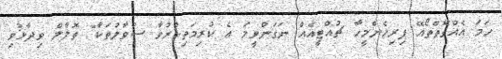
ހަމަ އެއްގޮތްތޯއޭ ފިރިހެންމީހާ ޗުއްޓީއެއް ނަގަންވީމަ އެ ކުރިމަތިކުރުވާ ސުވާލުތަކާ" ތޮލާލް ވިދާޅުވި